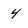
Character: 4